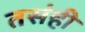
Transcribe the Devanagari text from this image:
तसंही